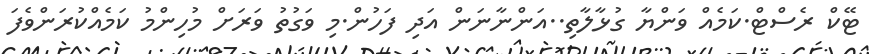
ޓޭކް ރެސްޓް.ކަމެއް ވަންޔާ ގުޅާލާތި..އަންނާނަން އަދި ފަހުން.މި ވަގުތު ވަރަށް މުހިންމު ކަމެއްކުރަންވެފަ